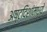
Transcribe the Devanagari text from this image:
अष्टदिशांमध्ये